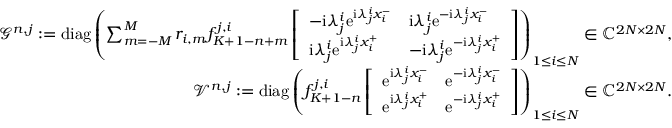
\begin{array} { r } { \mathcal { G } ^ { n , j } : = \mathrm { d i a g } \left( \sum _ { m = - M } ^ { M } r _ { i , m } f _ { K + 1 - n + m } ^ { j , i } \left[ \begin{array} { l l } { - \mathrm { i } \lambda _ { j } ^ { i } \mathrm { e } ^ { \mathrm { i } \lambda _ { j } ^ { i } x _ { i } ^ { - } } } & { \mathrm { i } \lambda _ { j } ^ { i } \mathrm { e } ^ { - \mathrm { i } \lambda _ { j } ^ { i } x _ { i } ^ { - } } } \\ { \mathrm { i } \lambda _ { j } ^ { i } \mathrm { e } ^ { \mathrm { i } \lambda _ { j } ^ { i } x _ { i } ^ { + } } } & { - \mathrm { i } \lambda _ { j } ^ { i } \mathrm { e } ^ { - \mathrm { i } \lambda _ { j } ^ { i } x _ { i } ^ { + } } } \end{array} \right] \right) _ { 1 \leq i \leq N } \in \mathbb { C } ^ { 2 N \times 2 N } , } \\ { \mathcal { V } ^ { n , j } : = \mathrm { d i a g } \left( f _ { K + 1 - n } ^ { j , i } \left[ \begin{array} { l l } { \mathrm { e } ^ { \mathrm { i } \lambda _ { j } ^ { i } x _ { i } ^ { - } } } & { \mathrm { e } ^ { - \mathrm { i } \lambda _ { j } ^ { i } x _ { i } ^ { - } } } \\ { \mathrm { e } ^ { \mathrm { i } \lambda _ { j } ^ { i } x _ { i } ^ { + } } } & { \mathrm { e } ^ { - \mathrm { i } \lambda _ { j } ^ { i } x _ { i } ^ { + } } } \end{array} \right] \right) _ { 1 \leq i \leq N } \in \mathbb { C } ^ { 2 N \times 2 N } . } \end{array}